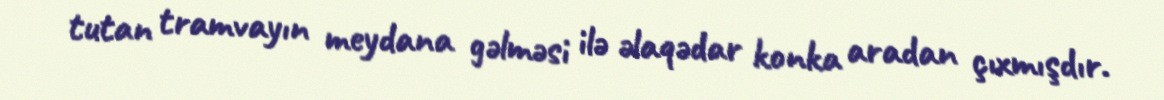
tutan tramvayın meydana gəlməsi ilə əlaqədar konka aradan çıxmışdır.